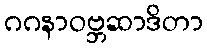
ဂဂနာဝဗ္ဘဆာဒိတာ